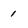
Character: 1